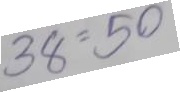
38 = 50